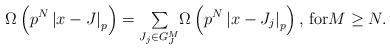
LaTeX: \begin{align*}\Omega\left( p^{N}\left\vert x-J\right\vert _{p}\right) ={\textstyle\sum\limits_{J_{j}\in G_{J}^{M}}}\Omega\left( p^{N}\left\vert x-J_{j}\right\vert _{p}\right) \text{, for}M\geq N. \end{align*}